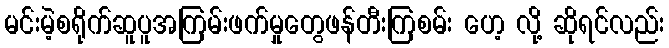
မင်းမဲ့စရိုက်ဆူပူအကြမ်းဖက်မှုတွေဖန်တီးကြစမ်း ဟေ့ လို့ ဆိုရင်လည်း